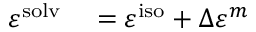
\begin{array} { r l } { \varepsilon ^ { \mathrm { { s o l v } } } } & { { } = \varepsilon ^ { \mathrm { { i s o } } } + \Delta \varepsilon ^ { m } } \end{array}